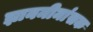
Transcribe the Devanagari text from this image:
ज्ञानमीमांसक